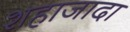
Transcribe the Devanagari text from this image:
शहाजादा